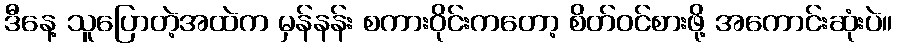
ဒီနေ့ သူပြောတဲ့အထဲက မှန်နန်း စကားဝိုင်းကတော့ စိတ်ဝင်စားဖို့ အကောင်းဆုံးပဲ။